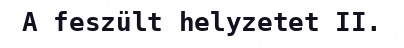
A feszült helyzetet II.